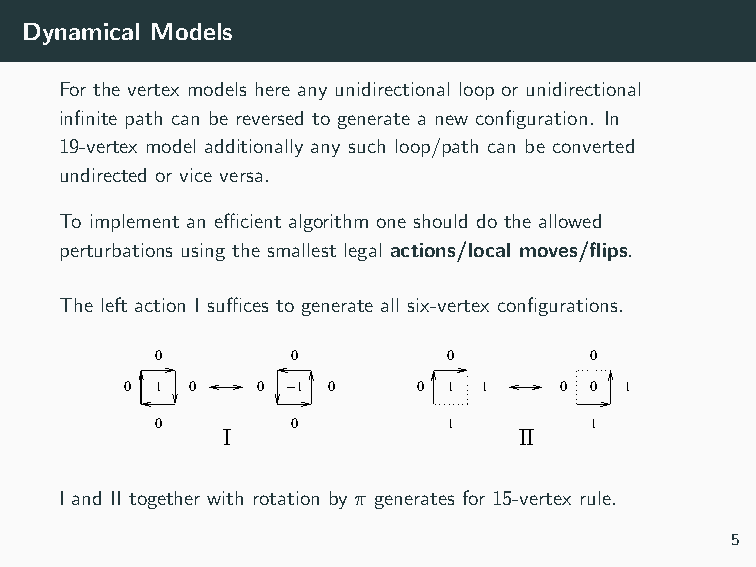
Dynamical Models
 For the vertex models here any unidirectional loop or unidirectional
 infinite path can be reversed to generate a new configuration. In
 19-vertex model additionally any such loop/path can be converted
 undirected or vice versa.
 To implement an efficient algorithm one should do the allowed
 perturbations using the smallest legal actions/local moves/flips.
 The left action I suffices to generate all six-vertex configurations.
 0        0          0        0
 0 1 0    0 −1 0     0 1 1    0 0 1
 0        0          1        1
 I                  II
 I and II together with rotation by π generates for 15-vertex rule.
 5